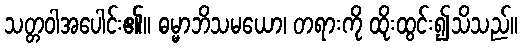
သတ္တဝါအပေါင်း၏။ ဓမ္မာဘိသမယော၊ တရားကို ထိုးထွင်း၍သိသည်။